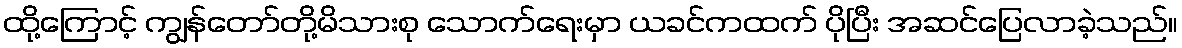
ထို့ကြောင့် ကျွန်တော်တို့မိသားစု သောက်ရေးမှာ ယခင်ကထက် ပိုပြီး အဆင်ပြေလာခဲ့သည်။